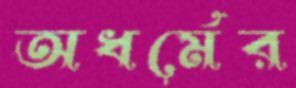
অধর্মের